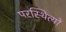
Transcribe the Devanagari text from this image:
परस्थित्यों